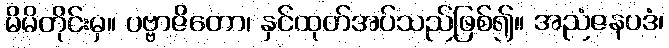
မိမိတိုင်းမှ။ ပဗ္ဗာဇိတော၊ နှင်ထုတ်အပ်သည်ဖြစ်၍။ အညံဇနပဒံ၊